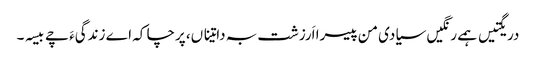
دریگتیں ہمے رنگیں سیادی من پیسرا اَرزشت بہ داتیناں، پرچا کہ اے زندگیءَ چے بیسہ۔